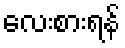
လေးစားရန်